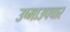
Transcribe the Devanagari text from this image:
उष्माउपचार